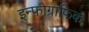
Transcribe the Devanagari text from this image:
इन्फोग्राफिक